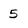
Character: 5